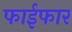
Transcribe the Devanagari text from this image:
फाईफार